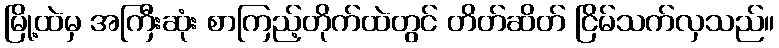
မြို့ထဲမှ အကြီးဆုံး စာကြည့်တိုက်ထဲတွင် တိတ်ဆိတ် ငြိမ်သက်လှသည်။